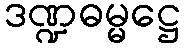
ဒဏ္ဍဓမ္မဋ္ဌေ